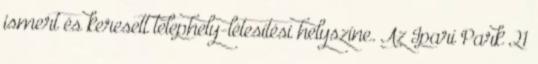
ismert és keresett telephely-létesítési helyszíne. Az Ipari Park 21